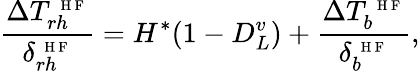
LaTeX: \frac{\Delta T_{rh}^{\mathrm{~\scriptsize~H~F~}}}{\delta_{rh}^{\mathrm{~\scriptsize~H~F~}}}=H^{*}(1-D_{L}^{v})+\frac{\Delta T_{b}^{\mathrm{~\scriptsize~H~F~}}}{\delta_{b}^{\mathrm{~\scriptsize~H~F~}}},